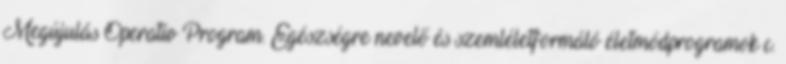
Megújulás Operatív Program. Egészségre nevelő és szemléletformáló életmódprogramok c.